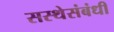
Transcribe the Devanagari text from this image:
सस्थेसंबंधी